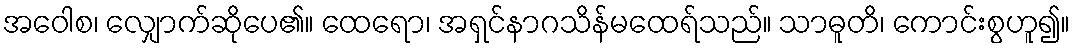
အဝေါစ၊ လျှောက်ဆိုပေ၏။ ထေရော၊ အရှင်နာဂသိန်မထေရ်သည်။ သာဓူတိ၊ ကောင်းစွဟူ၍။